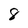
Character: 8